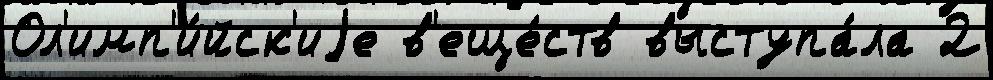
Ол'имп'и́йск'иjе в'еще́ств выступа́ла 2